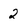
Character: 2